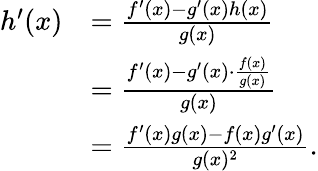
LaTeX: {\begin{array}{rl}{h^{\prime}(x)}&{={\frac{f^{\prime}(x)-g^{\prime}(x)h(x)}{g(x)}}}\\ &{={\frac{f^{\prime}(x)-g^{\prime}(x)\cdot{\frac{f(x)}{g(x)}}}{g(x)}}}\\ &{={\frac{f^{\prime}(x)g(x)-f(x)g^{\prime}(x)}{g(x)^{2}}}.}\end{array}}